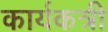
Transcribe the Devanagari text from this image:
कार्यकत्री